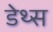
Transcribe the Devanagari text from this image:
डेथ्स